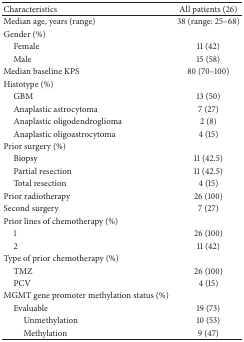
<table><thead><tr><td><b>Characteristics</b></td><td><b>All patients (26)</b></td></tr></thead><tbody><tr><td>Median age, years (range)</td><td>38 (range: 25–68)</td></tr><tr><td>Gender (%)</td><td> </td></tr><tr><td> Female</td><td>11 (42)</td></tr><tr><td> Male</td><td>15 (58)</td></tr><tr><td>Median baseline KPS</td><td>80 (70–100)</td></tr><tr><td>Histotype (%)</td><td> </td></tr><tr><td> GBM </td><td>13 (50)</td></tr><tr><td> Anaplastic astrocytoma</td><td> 7 (27)</td></tr><tr><td> Anaplastic oligodendroglioma</td><td> 2 (8)</td></tr><tr><td> Anaplastic oligoastrocytoma</td><td> 4 (15)</td></tr><tr><td>Prior surgery (%)</td><td> </td></tr><tr><td> Biopsy</td><td>11 (42.5)</td></tr><tr><td> Partial resection</td><td>11 (42.5)</td></tr><tr><td> Total resection</td><td> 4 (15)</td></tr><tr><td>Prior radiotherapy</td><td>26 (100)</td></tr><tr><td>Second surgery</td><td> 7 (27)</td></tr><tr><td>Prior lines of chemotherapy (%)</td><td> </td></tr><tr><td> 1</td><td>26 (100)</td></tr><tr><td> 2</td><td> 11 (42)</td></tr><tr><td>Type of prior chemotherapy (%)</td><td> </td></tr><tr><td> TMZ</td><td>26 (100)</td></tr><tr><td> PCV</td><td> 4 (15)</td></tr><tr><td>MGMT gene promoter methylation status (%)</td><td> </td></tr><tr><td> Evaluable</td><td>19 (73)</td></tr><tr><td>Unmethylation</td><td>10 (53)</td></tr><tr><td>Methylation</td><td> 9 (47)</td></tr></tbody></table>